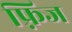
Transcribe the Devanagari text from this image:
फ़्रिज